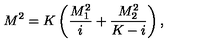
M ^ { 2 } = K \left( \frac { M _ { 1 } ^ { 2 } } { i } + \frac { M _ { 2 } ^ { 2 } } { K - i } \right) ,